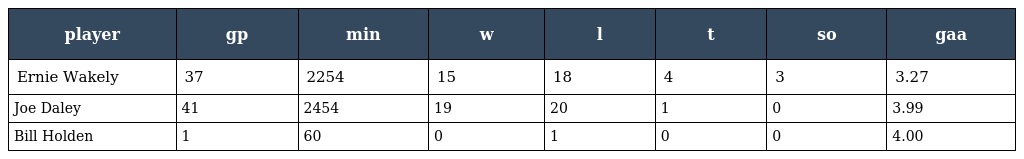
| player | gp | min | w | l | t | so | gaa |
 | --- | --- | --- | --- | --- | --- | --- | --- |
 | Ernie Wakely | 37 | 2254 | 15 | 18 | 4 | 3 | 3.27 |
 | Joe Daley | 41 | 2454 | 19 | 20 | 1 | 0 | 3.99 |
 | Bill Holden | 1 | 60 | 0 | 1 | 0 | 0 | 4.00 |